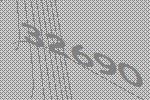
32690